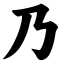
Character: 乃